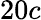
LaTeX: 20c